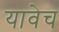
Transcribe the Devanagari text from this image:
यावेच